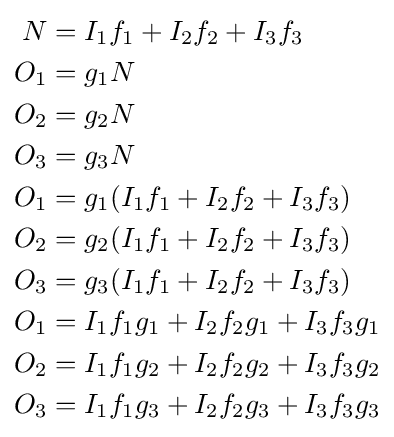
{\begin{aligned}N&=I_{\mathrm {1} }f_{\mathrm {1} }+I_{\mathrm {2} }f_{\mathrm {2} }+I_{\mathrm {3} }f_{\mathrm {3} }\\O_{\mathrm {1} }&=g_{\mathrm {1} }N\\O_{\mathrm {2} }&=g_{\mathrm {2} }N\\O_{\mathrm {3} }&=g_{\mathrm {3} }N\\O_{\mathrm {1} }&=g_{\mathrm {1} }(I_{\mathrm {1} }f_{\mathrm {1} }+I_{\mathrm {2} }f_{\mathrm {2} }+I_{\mathrm {3} }f_{\mathrm {3} })\\O_{\mathrm {2} }&=g_{\mathrm {2} }(I_{\mathrm {1} }f_{\mathrm {1} }+I_{\mathrm {2} }f_{\mathrm {2} }+I_{\mathrm {3} }f_{\mathrm {3} })\\O_{\mathrm {3} }&=g_{\mathrm {3} }(I_{\mathrm {1} }f_{\mathrm {1} }+I_{\mathrm {2} }f_{\mathrm {2} }+I_{\mathrm {3} }f_{\mathrm {3} })\\O_{\mathrm {1} }&=I_{\mathrm {1} }f_{\mathrm {1} }g_{\mathrm {1} }+I_{\mathrm {2} }f_{\mathrm {2} }g_{\mathrm {1} }+I_{\mathrm {3} }f_{\mathrm {3} }g_{\mathrm {1} }\\O_{\mathrm {2} }&=I_{\mathrm {1} }f_{\mathrm {1} }g_{\mathrm {2} }+I_{\mathrm {2} }f_{\mathrm {2} }g_{\mathrm {2} }+I_{\mathrm {3} }f_{\mathrm {3} }g_{\mathrm {2} }\\O_{\mathrm {3} }&=I_{\mathrm {1} }f_{\mathrm {1} }g_{\mathrm {3} }+I_{\mathrm {2} }f_{\mathrm {2} }g_{\mathrm {3} }+I_{\mathrm {3} }f_{\mathrm {3} }g_{\mathrm {3} }\\\end{aligned}}